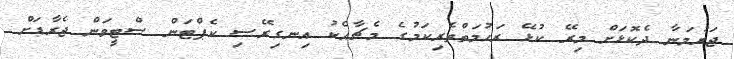
ޖަރުމަނާ ދެކޮޅަށް މިރޭ ކުޅޭ ރަހުމަތްތެރިކަމުގެ މެޗާއެކު އިނގިރޭސި ކެޕްޓަން ސްޓީވަން ޖެރާޑަށް